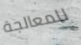
للمعالجة